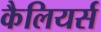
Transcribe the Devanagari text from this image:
कैलियर्स